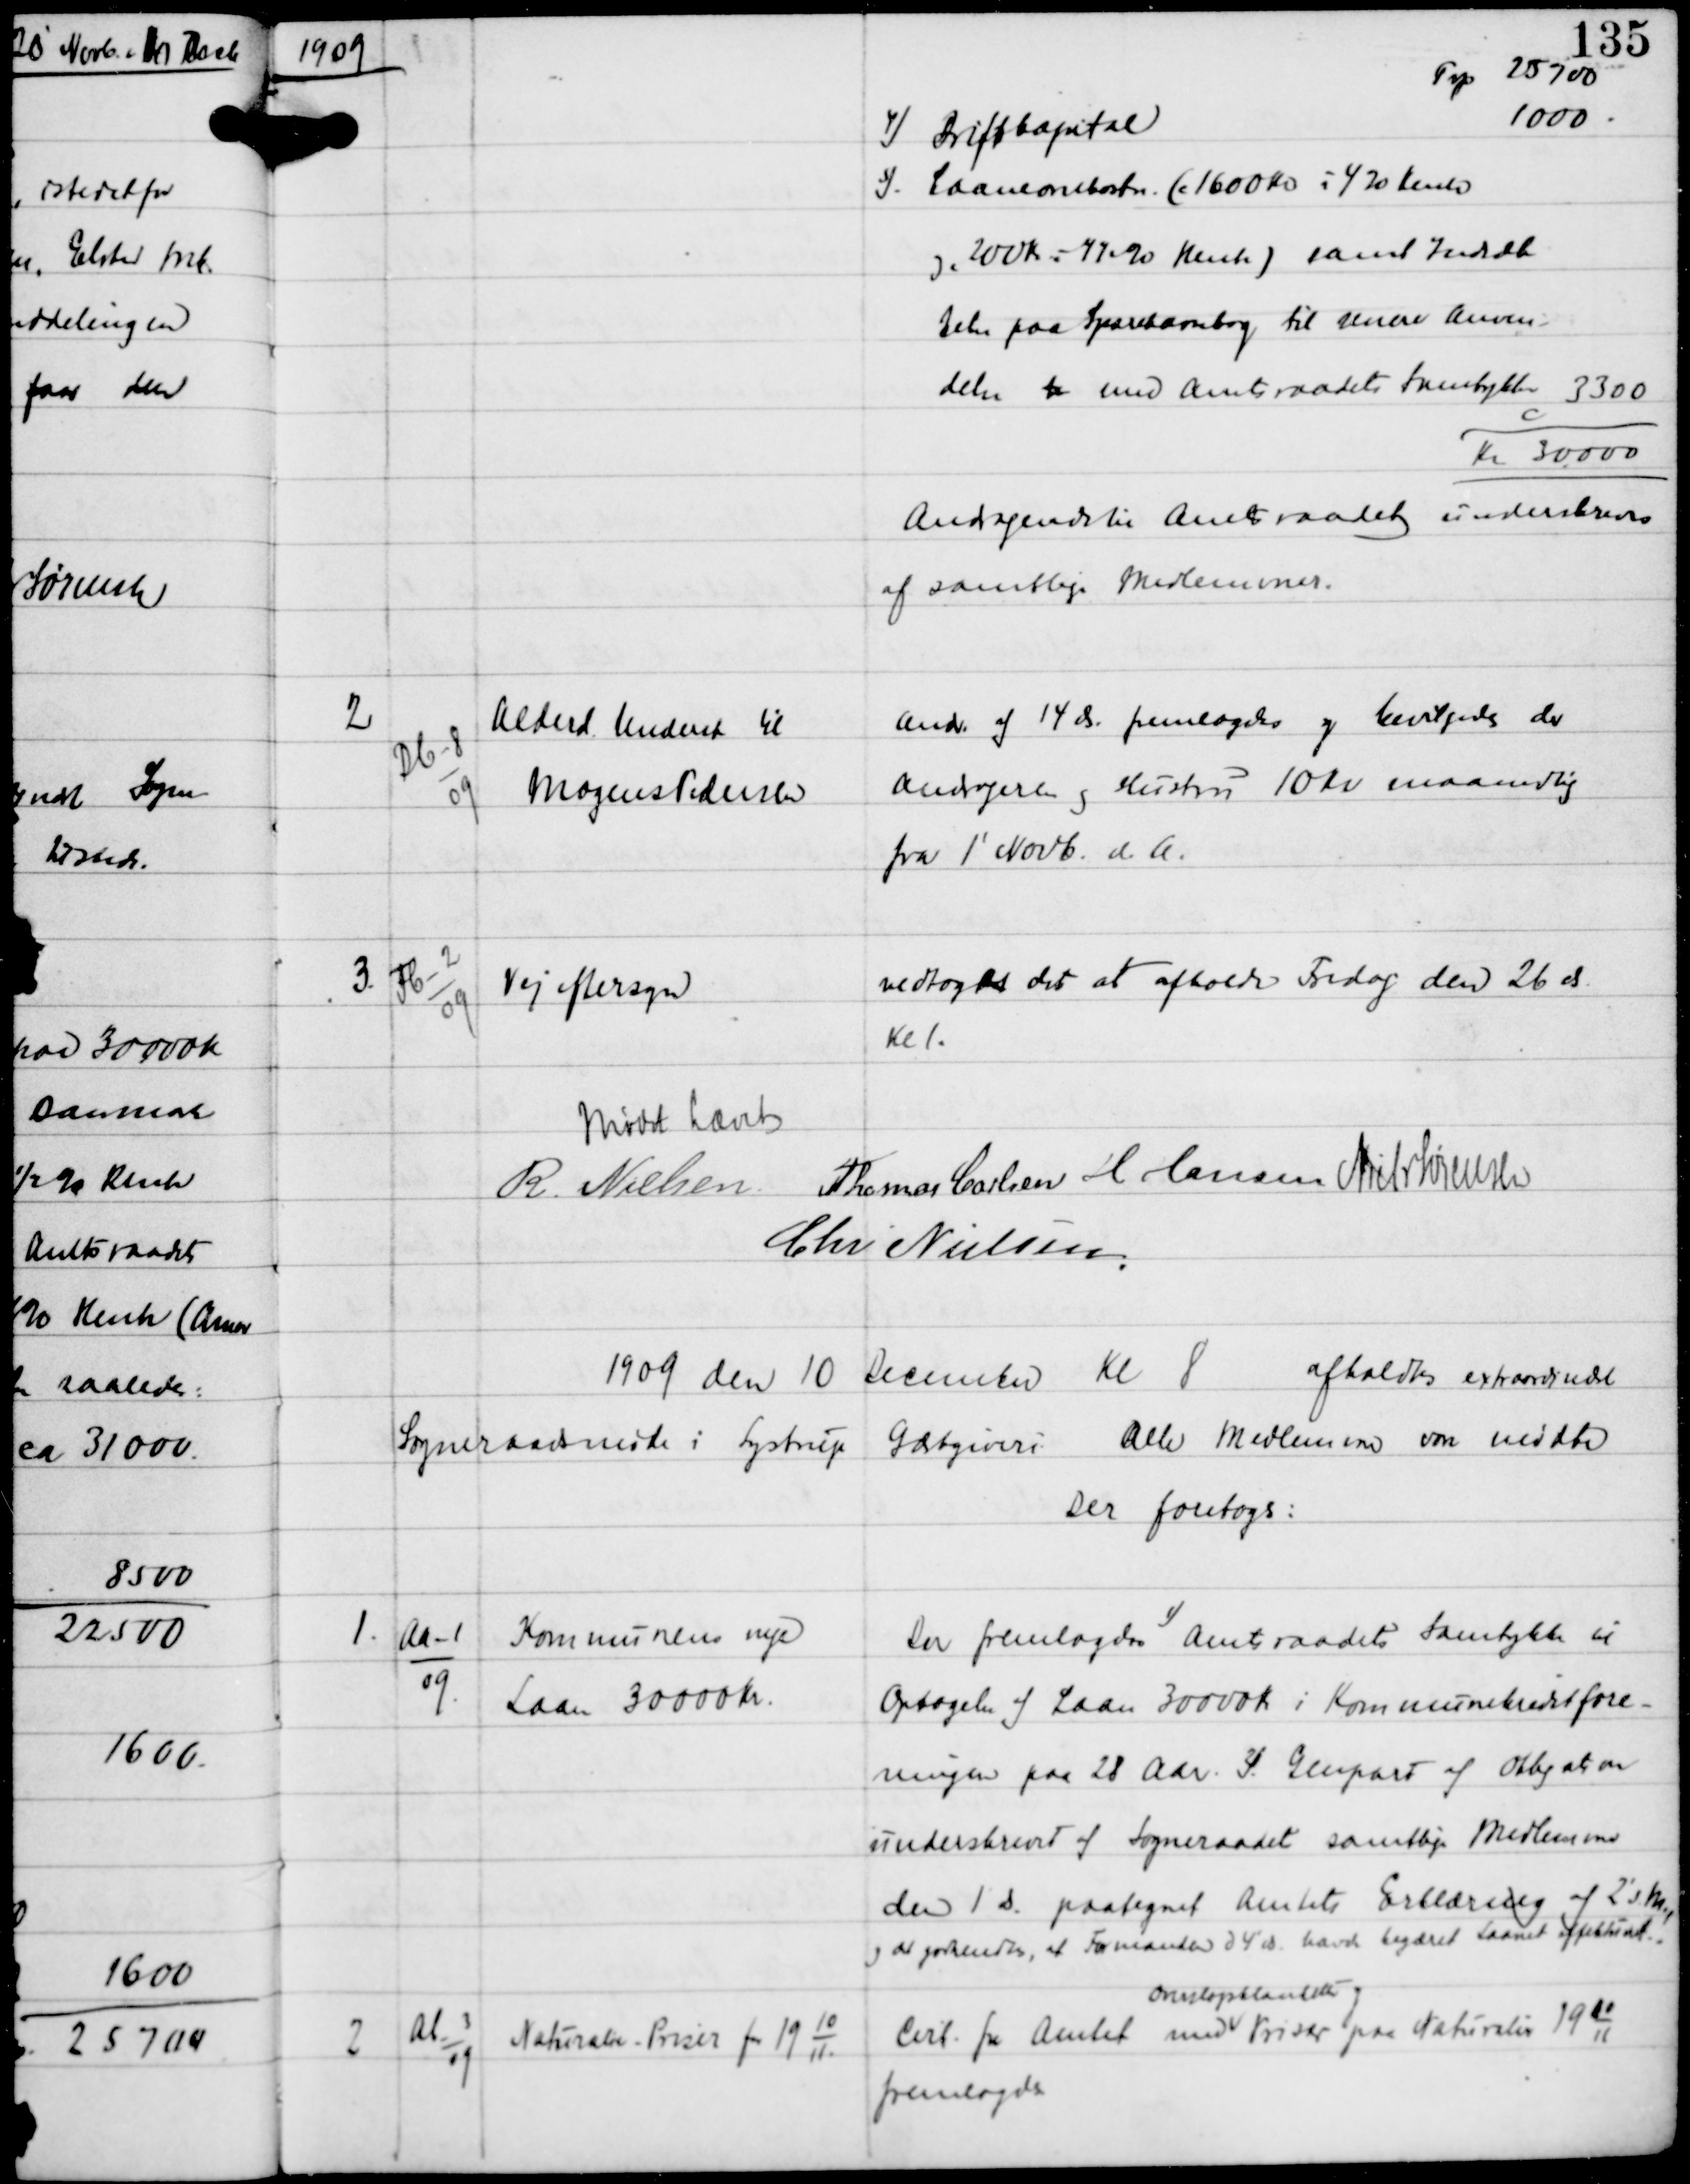
Transskription:
1909

Trp 25700

4) Driftkapital

1000

5) Laaneomkostn (c 1600 Kr à 4% Rente
og c 200 Kr à 4½% Rente) samt Indsæt-
telse paa Sparekassebog til senere Anven-
delse xx med Amtraadets Samtykke 3300
c
Kr 30000
Andragende til Amtsradet underskreven
af samtlige Medlemmer.

2

Db-8
09

Alderd Underst til
Mogens Pedersen

Andr af 14 ds fremlagdes og bevilgedes der
Andrageren og Hustru 10 Kr maanedlig
fra 1' Novb d.A.

3.

Fb-2
09

Vejeftersyn

vedtoges det at afholde Fredag den 26 ds
Kl 1.

Mødet hævet
R Nielsen Thomas Carlsen H Hansen Niels Sørensen
Chr Nielsen

1909 den 10 December Kl 8 afholdtes extraordinært
Sogneraadsmøde i Lystrup Gæstgiveri. Alle Medlemmer vare mødte
Der foretoges:

1.

Aa-1
09

Kommunens nye
Laan 30000 Kr

Der fremlagdes 1) Amtsraadets Samtykke til
Optagelse af Laan 30000 Kr i Kommunekreditfore-
ningen paa 28 Aar. 2) Genpart af Obligation
underskrevet af Sogneraadets samtlige Medlemmer
den 1 ds paategnet Amtets Erklæring af 2' s M,
og det godkendtes, at Formanden d 4' ds havde begæret Laanet effektueret

2

Ab-3
09

Naturalier - Priser for 19
10
11.

Cirk. fra Amtet med
overslagsblanketter og
Priser paa Naturalier 19
10
11
fremlagdes